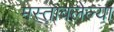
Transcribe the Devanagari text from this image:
मस्तावलेल्या